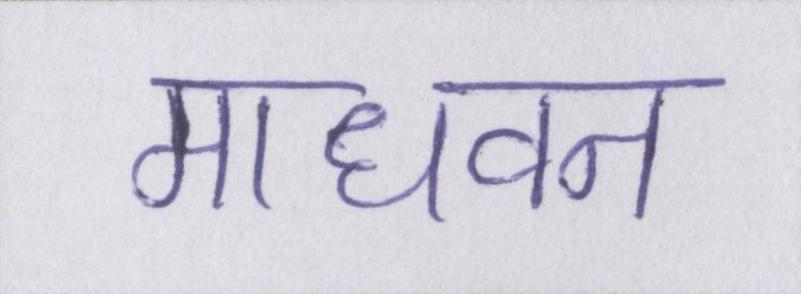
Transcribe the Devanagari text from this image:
माधवन